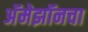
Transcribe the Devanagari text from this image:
अॅमेझॉनचा